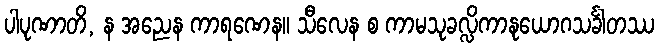
ပါပုဏာတိ, န အညေန ကာရဏေန။ သီလေန စ ကာမသုခလ္လိကာနုယောဂသင်္ခါတဿ